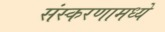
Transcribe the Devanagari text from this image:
संस्करणामध्ये